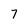
Character: 7